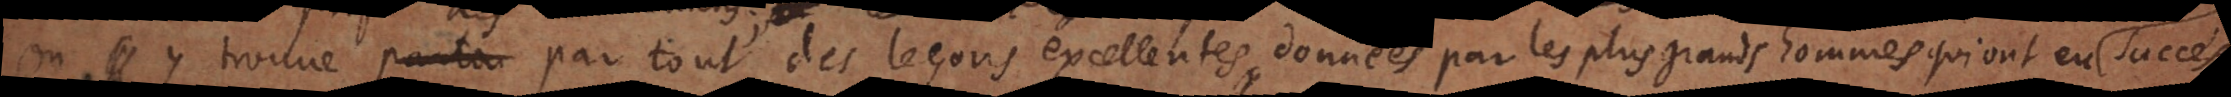
on y trouve par tout des leçons excellentes, données par les plus grands hommes qui ont eu des